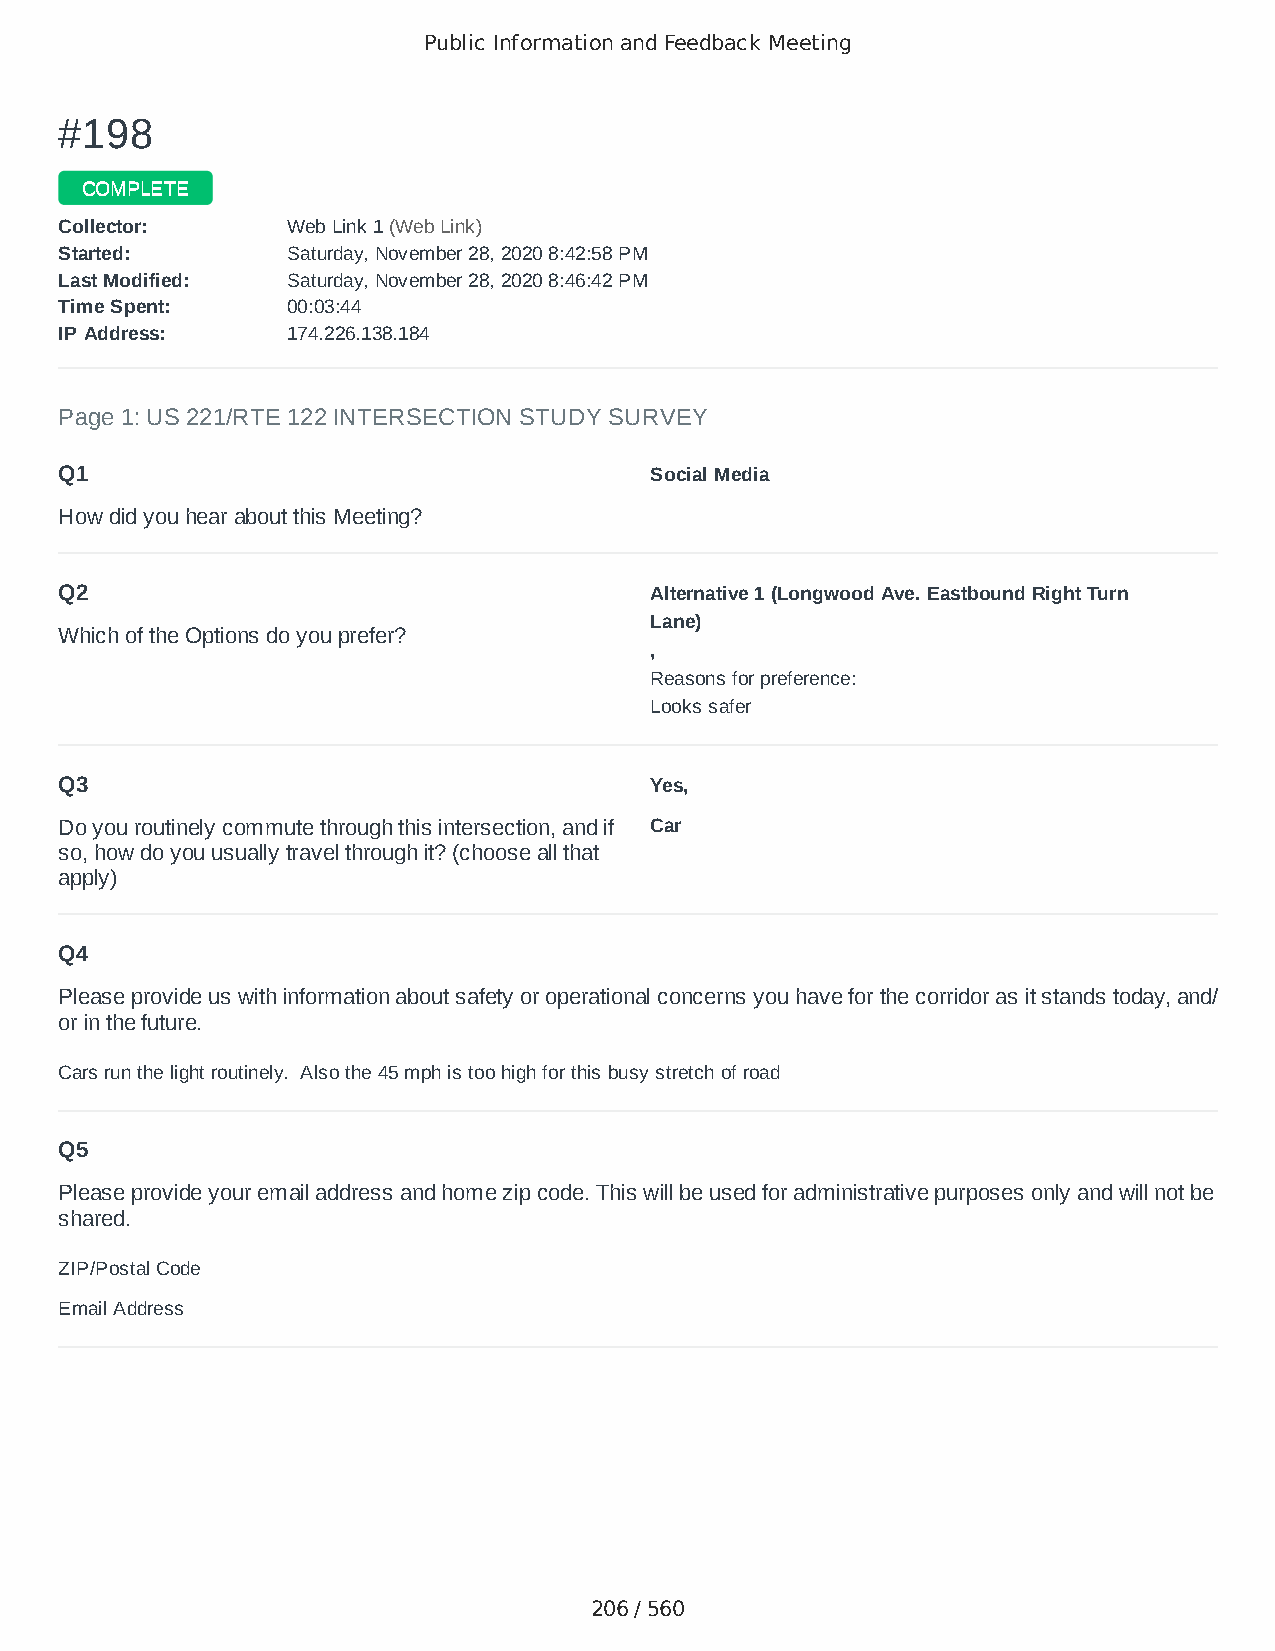
Public Information and Feedback Meeting
 ##119988
 CCOOMMPPLLEETTEE
 CCoolllleeccttoorr:: WWeebb LLiinnkk 11 ((WWeebb LLiinnkk))
 SSttaarrtteedd:: SSaattuurrddaayy,, NNoovveemmbbeerr 2288,, 22002200 88::4422::5588 PPMM
 LLaasstt MMooddiiffiieedd:: SSaattuurrddaayy,, NNoovveemmbbeerr 2288,, 22002200 88::4466::4422 PPMM
 TTiimmee SSppeenntt:: 0000::0033::4444
 IIPP AAddddrreessss:: 117744..222266..113388..118844
 Page 1: US 221/RTE 122 INTERSECTION STUDY SURVEY
 Q1                                     Social Media
 How did you hear about this Meeting?
 Q2                                     Alternative 1 (Longwood Ave. Eastbound Right Turn
 Lane)
 Which of the Options do you prefer?
 ,
 Reasons for preference:
 Looks safer
 Q3                                     Yes,
 Do you routinely commute through this intersection, and if Car
 so, how do you usually travel through it? (choose all that
 apply)
 Q4
 Please provide us with information about safety or operational concerns you have for the corridor as it stands today, and/
 or in the future.
 Cars run the light routinely. Also the 45 mph is too high for this busy stretch of road
 Q5
 Please provide your email address and home zip code. This will be used for administrative purposes only and will not be
 shared.
 ZIP/Postal Code                        24523
 Email Address                          juliemay1959@gmail.com
 206 / 560